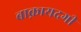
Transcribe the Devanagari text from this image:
बाक़ायदगी